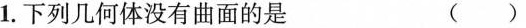
1.下列几何体没有曲面的是 ()